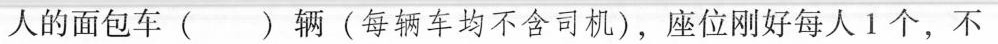
人的面包车（）辆（每辆车均不含司机），座位刚好每人1个，不